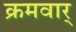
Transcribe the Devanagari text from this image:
क्रमवार्